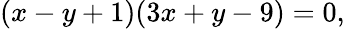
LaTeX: (x-y+1)(3x+y-9)=0,